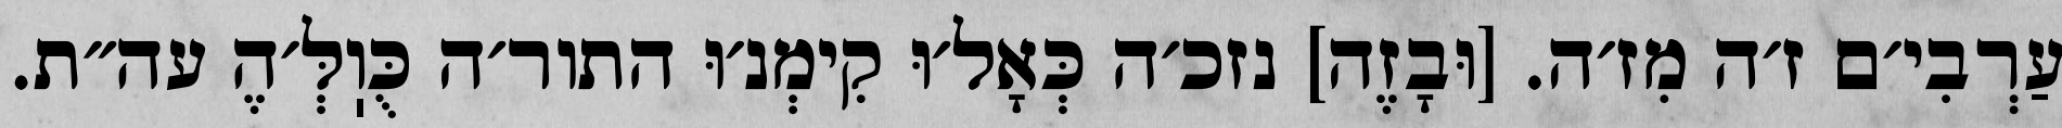
עַרְבִי׳ם ז׳ה מִז׳ה. [וּבָזֶה] נזכ׳ה כְּאָל׳וּ קִימְנ׳וּ התור׳ה כֻּוֽלְּ׳הֶ עה״ת.